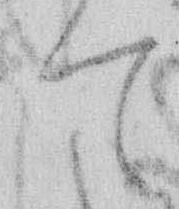
て